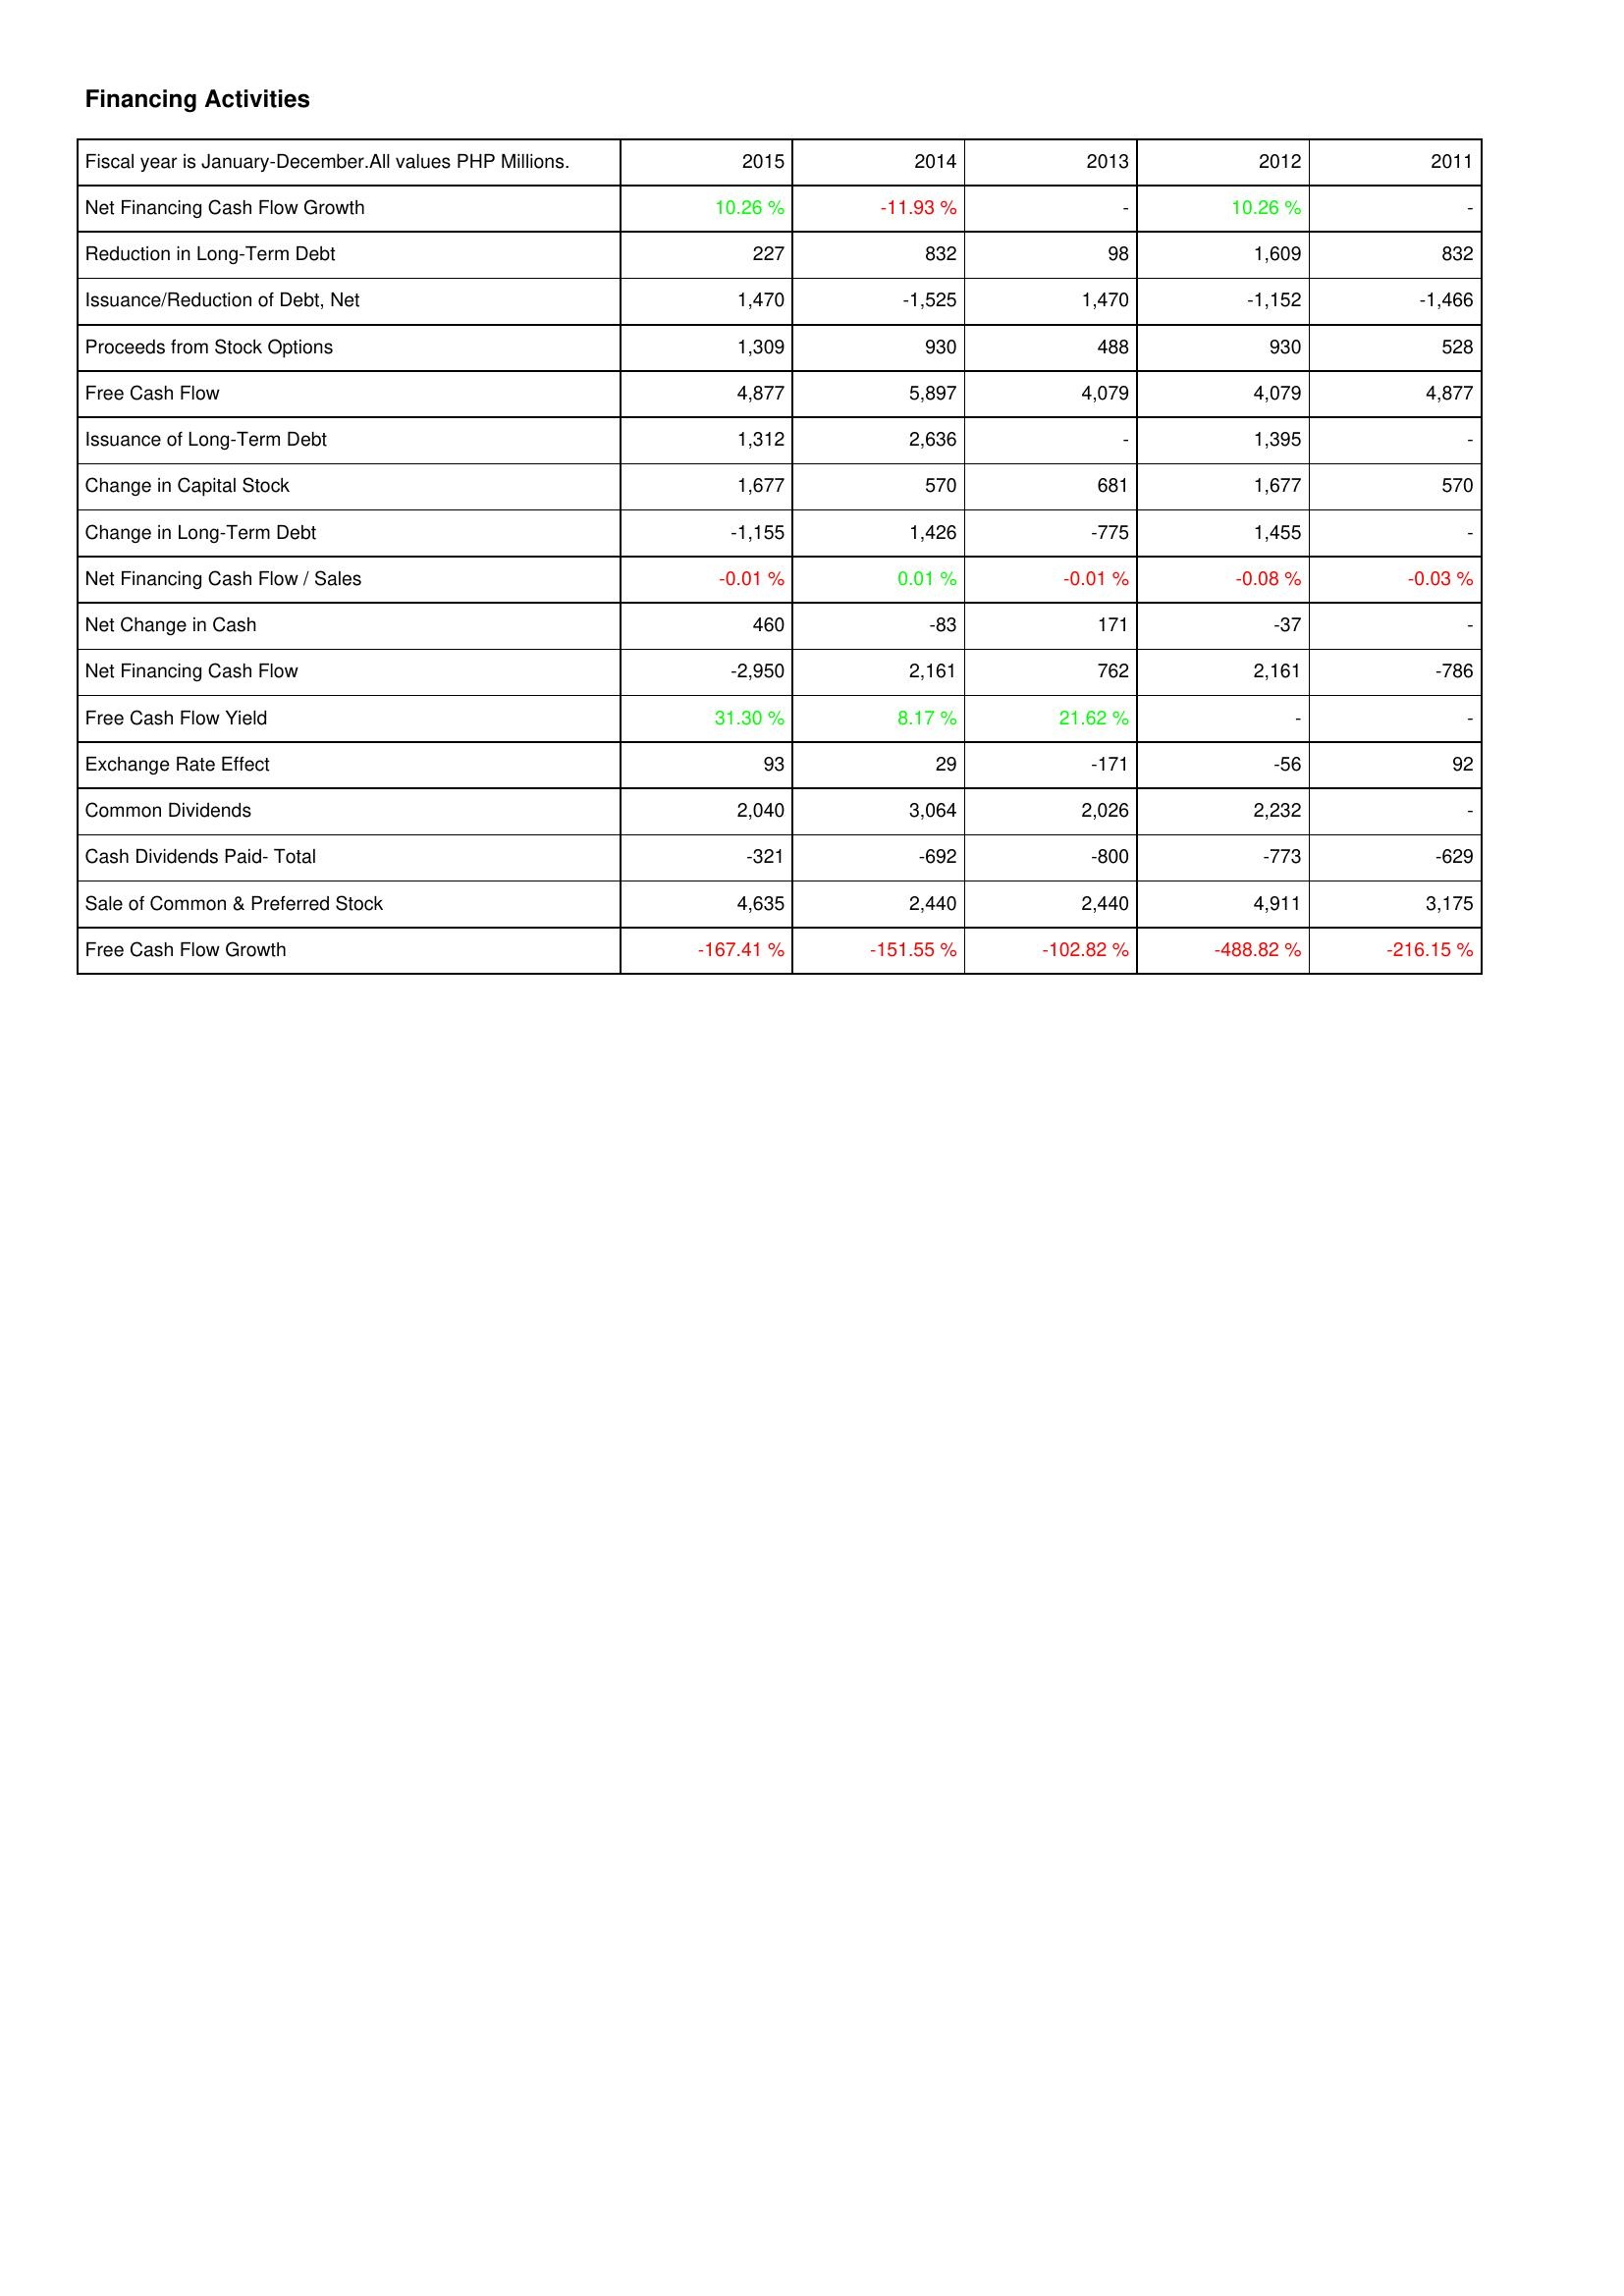
2015: Financing Activities: Net Financing Cash Flow Growth: 10.26 %
Reduction in Long-Term Debt: 227
Issuance/Reduction of Debt, Net: 1,470
Proceeds from Stock Options: 1,309
Free Cash Flow: 4,877
Issuance of Long-Term Debt: 1,312
Change in Capital Stock: 1,677
Change in Long-Term Debt: -1,155
Net Financing Cash Flow / Sales: -0.01 %
Net Change in Cash: 460
Net Financing Cash Flow: -2,950
Free Cash Flow Yield: 31.30 %
Exchange Rate Effect: 93
Common Dividends: 2,040
Cash Dividends Paid- Total: -321
Sale of Common & Preferred Stock: 4,635
Free Cash Flow Growth: -167.41 %
2014: Financing Activities: Net Financing Cash Flow Growth: -11.93 %
Reduction in Long-Term Debt: 832
Issuance/Reduction of Debt, Net: -1,525
Proceeds from Stock Options: 930
Free Cash Flow: 5,897
Issuance of Long-Term Debt: 2,636
Change in Capital Stock: 570
Change in Long-Term Debt: 1,426
Net Financing Cash Flow / Sales: 0.01 %
Net Change in Cash: -83
Net Financing Cash Flow: 2,161
Free Cash Flow Yield: 8.17 %
Exchange Rate Effect: 29
Common Dividends: 3,064
Cash Dividends Paid- Total: -692
Sale of Common & Preferred Stock: 2,440
Free Cash Flow Growth: -151.55 %
2013: Financing Activities: Net Financing Cash Flow Growth: -
Reduction in Long-Term Debt: 98
Issuance/Reduction of Debt, Net: 1,470
Proceeds from Stock Options: 488
Free Cash Flow: 4,079
Issuance of Long-Term Debt: -
Change in Capital Stock: 681
Change in Long-Term Debt: -775
Net Financing Cash Flow / Sales: -0.01 %
Net Change in Cash: 171
Net Financing Cash Flow: 762
Free Cash Flow Yield: 21.62 %
Exchange Rate Effect: -171
Common Dividends: 2,026
Cash Dividends Paid- Total: -800
Sale of Common & Preferred Stock: 2,440
Free Cash Flow Growth: -102.82 %
2012: Financing Activities: Net Financing Cash Flow Growth: 10.26 %
Reduction in Long-Term Debt: 1,609
Issuance/Reduction of Debt, Net: -1,152
Proceeds from Stock Options: 930
Free Cash Flow: 4,079
Issuance of Long-Term Debt: 1,395
Change in Capital Stock: 1,677
Change in Long-Term Debt: 1,455
Net Financing Cash Flow / Sales: -0.08 %
Net Change in Cash: -37
Net Financing Cash Flow: 2,161
Free Cash Flow Yield: -
Exchange Rate Effect: -56
Common Dividends: 2,232
Cash Dividends Paid- Total: -773
Sale of Common & Preferred Stock: 4,911
Free Cash Flow Growth: -488.82 %
2011: Financing Activities: Net Financing Cash Flow Growth: -
Reduction in Long-Term Debt: 832
Issuance/Reduction of Debt, Net: -1,466
Proceeds from Stock Options: 528
Free Cash Flow: 4,877
Issuance of Long-Term Debt: -
Change in Capital Stock: 570
Change in Long-Term Debt: -
Net Financing Cash Flow / Sales: -0.03 %
Net Change in Cash: -
Net Financing Cash Flow: -786
Free Cash Flow Yield: -
Exchange Rate Effect: 92
Common Dividends: -
Cash Dividends Paid- Total: -629
Sale of Common & Preferred Stock: 3,175
Free Cash Flow Growth: -216.15 %